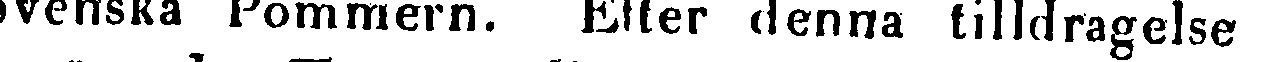
Svenska Pommern. Efter denna tilldragelse